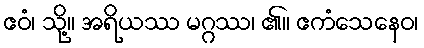
ဧဝံ၊ သို့။ အရိယဿ မဂ္ဂဿ၊ ၏။ ဧကံသေနေဝ၊